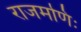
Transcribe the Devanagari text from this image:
राजमणिः